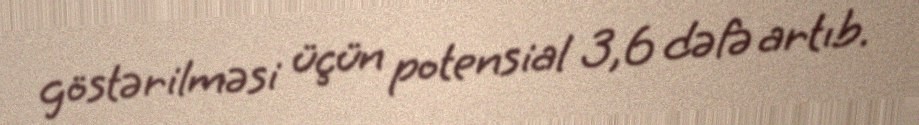
göstərilməsi üçün potensial 3,6 dəfə artıb.